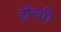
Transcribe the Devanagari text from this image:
ट्रोच्ची